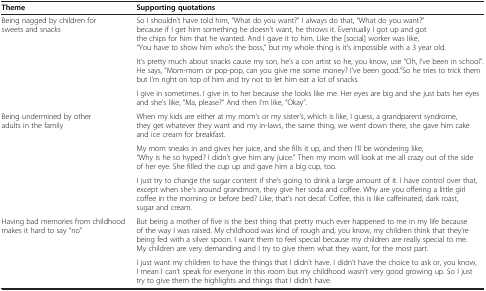
<table><thead><tr><td><b>Theme</b></td><td><b>Supporting quotations</b></td></tr></thead><tbody><tr><td rowspan="3">Being nagged by children for sweets and snacks</td><td>So I shouldn’t have told him, “What do you want?” I always do that, “What do you want?” because if I get him something he doesn’t want, he throws it. Eventually I got up and got the chips for him that he wanted. And I gave it to him. Like the [social] worker was like, “You have to show him who’s the boss,” but my whole thing is it’s impossible with a 3 year old.</td></tr><tr><td>It’s pretty much about snacks cause my son, he’s a con artist so he, you know, use “Oh, I’ve been in school”. He says, “Mom-mom or pop-pop, can you give me some money? I’ve been good.”So he tries to trick them but I’m right on top of him and try not to let him eat a lot of snacks.</td></tr><tr><td>I give in sometimes. I give in to her because she looks like me. Her eyes are big and she just bats her eyes and she’s like, “Ma, please?” And then I’m like, “Okay”.</td></tr><tr><td rowspan="3">Being undermined by other adults in the family</td><td>When my kids are either at my mom’s or my sister’s, which is like, I guess, a grandparent syndrome, they get whatever they want and my in-laws, the same thing, we went down there, she gave him cake and ice cream for breakfast.</td></tr><tr><td>My mom sneaks in and gives her juice, and she fills it up, and then I’ll be wondering like, “Why is he so hyped? I didn’t give him any juice.” Then my mom will look at me all crazy out of the side of her eye. She filled the cup up and gave him a big cup, too.</td></tr><tr><td>I just try to change the sugar content if she’s going to drink a large amount of it. I have control over that, except when she’s around grandmom, they give her soda and coffee. Why are you offering a little girl coffee in the morning or before bed? Like, that’s not decaf. Coffee, this is like caffeinated, dark roast, sugar and cream.</td></tr><tr><td>Having bad memories from childhood makes it hard to say “no”</td><td>But being a mother of five is the best thing that pretty much ever happened to me in my life because of the way I was raised. My childhood was kind of rough and, you know, my children think that they’re being fed with a silver spoon. I want them to feel special because my children are really special to me. My children are very demanding and I try to give them what they want, for the most part.</td></tr><tr><td> </td><td>I just want my children to have the things that I didn’t have. I didn’t have the choice to ask or, you know, I mean I can’t speak for everyone in this room but my childhood wasn’t very good growing up. So I just try to give them the highlights and things that I didn’t have.</td></tr></tbody></table>